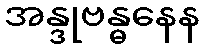
အန္ဒုဗန္ဓနေန